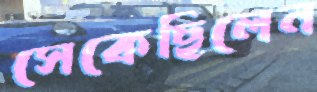
সেকেছিলেন